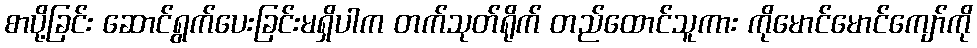
စာပို့ခြင်း ဆောင်ရွက်ပေးခြင်းမရှိပါက တက်သုတ်ရိုက် တည်ထောင်သူကား ကိုမောင်မောင်ကျော်ကို